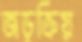
জড়ক্রিয়